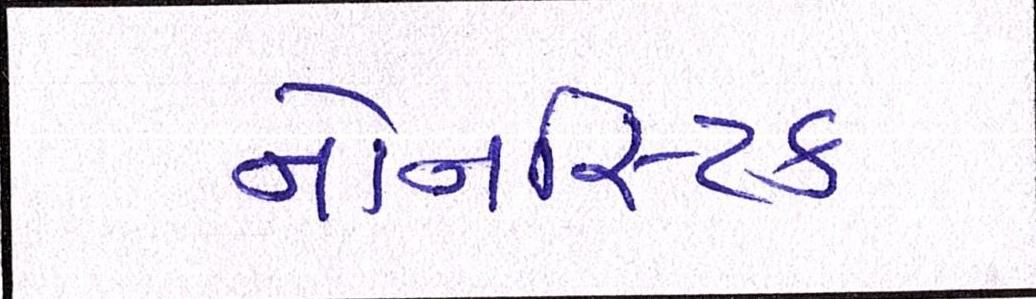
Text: નોનસ્ટિક